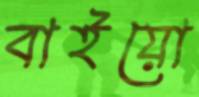
বাইয়ো